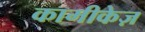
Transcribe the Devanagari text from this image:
कामीकेज़